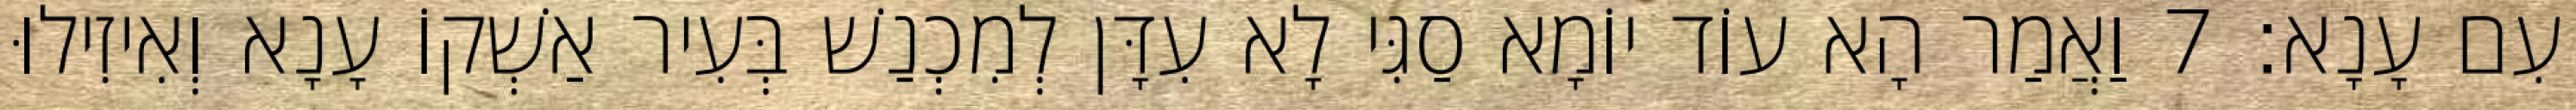
עִם עָנָא׃ 7 וַאֲמַר הָא עוֹד יוֹמָא סַגִּי לָא עִדָּן לְמִכְנַשׁ בְּעִיר אַשְׁקוֹ עָנָא וְאִיזִילוּ